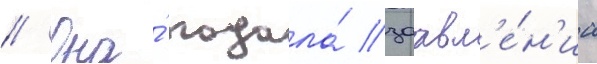
// Она́ подала́ заавл'е́н'иа